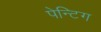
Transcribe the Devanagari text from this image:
पेन्टिग